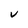
Character: V